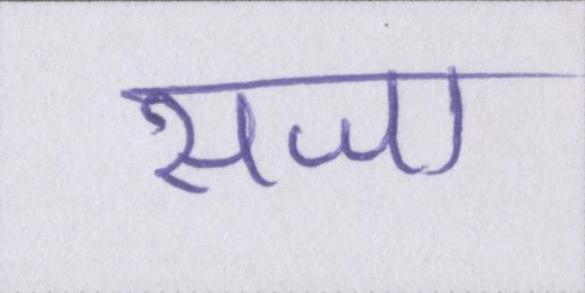
सजा